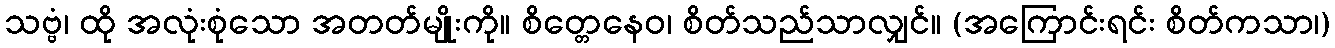
သဗ္ဗံ၊ ထို အလုံးစုံသော အတတ်မျိုးကို။ စိတ္တေနေဝ၊ စိတ်သည်သာလျှင်။ (အကြောင်းရင်း စိတ်ကသာ၊)